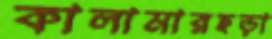
কালামারছড়া